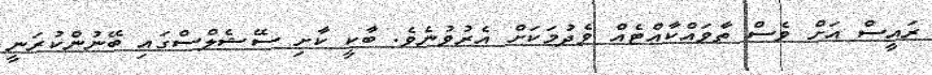
ރައީސް އަށް ވެސް ތާވައްކާއްޓެއް ވެދުމަކަށް އެރުވުނެވެ. ބާކީ ކާށި ސޭޝެލްސްގައި ބޭނުންކުރަނީ